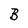
Character: B